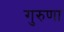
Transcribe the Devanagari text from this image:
गुरुणा